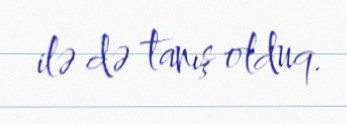
ilə də tanış olduq.